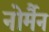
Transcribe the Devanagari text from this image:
नोर्मैन